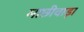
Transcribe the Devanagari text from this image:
माछीवाड़ा